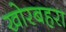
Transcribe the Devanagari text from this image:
खोरबहरा